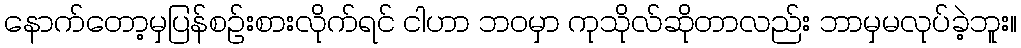
နောက်တော့မှပြန်စဉ်းစားလိုက်ရင် ငါဟာ ဘဝမှာ ကုသိုလ်ဆိုတာလည်း ဘာမှမလုပ်ခဲ့ဘူး။